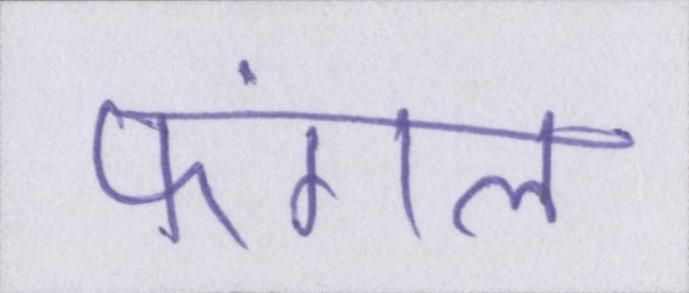
फंगल